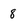
Character: 8